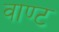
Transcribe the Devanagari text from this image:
वाण्ट